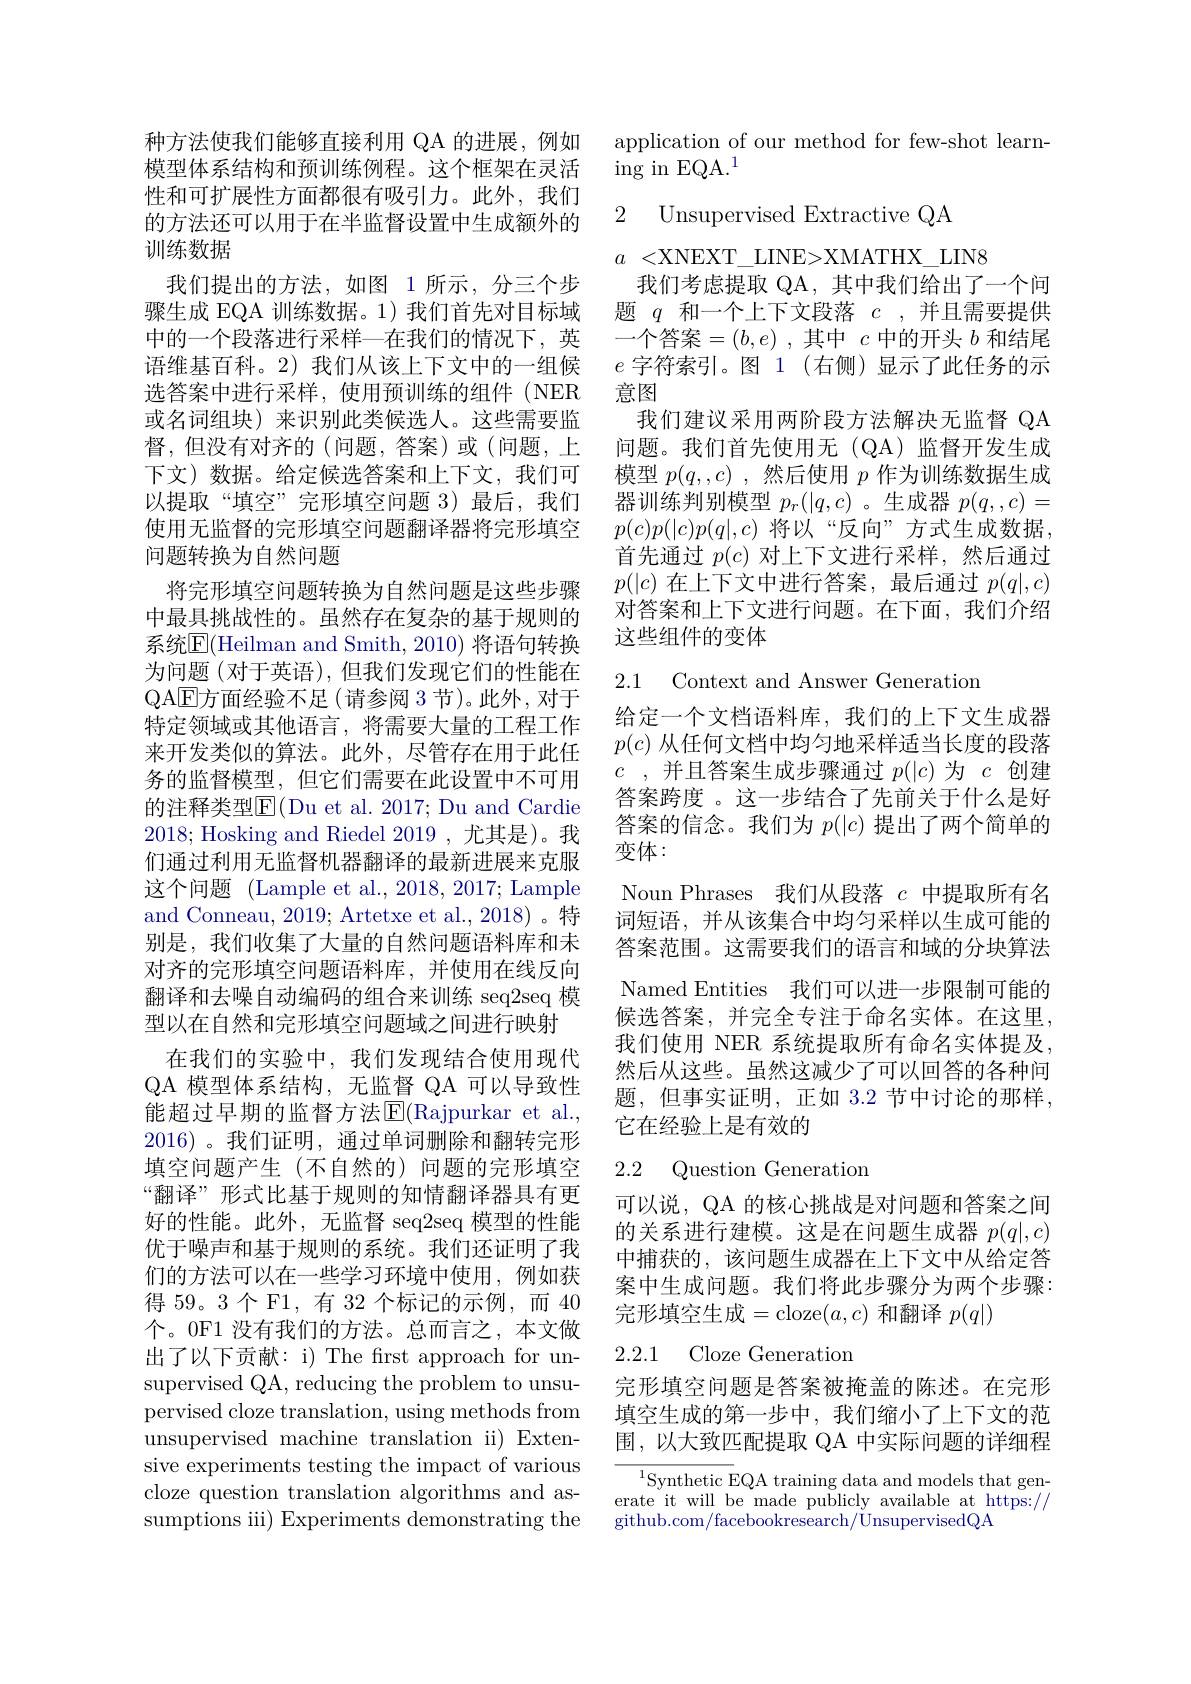
种方法使我们能够直接利用 QA 的进展，例如模型体系结构和预训练例程。这个框架在灵活性和可扩展性方面都很有吸引力。此外，我们的方法还可以用于在半监督设置中生成额外的训练数据
我们提出的方法，如图 1 所示，分三个步骤生成 EQA 训练数据。1)我们首先对目标域中的一个段落进行采样—在我们的情况下，英语维基百科。2) 我们从该上下文中的一组候选答案中进行采样，使用预训练的组件(NER 或名词组块)来识别此类候选人。这些需要监督，但没有对齐的(问题，答案)或(问题，上下文)数据。给定候选答案和上下文，我们可以提取“填空”完形填空问题 3)最后，我们使用无监督的完形填空问题翻译器将完形填空问题转换为自然问题
将完形填空问题转换为自然问题是这些步骤中最具挑战性的。虽然存在复杂的基于规则的系统$\overline{\mathrm{E}}($Heilman and Smith, 2010) 将语句转换为问题(对于英语),但我们发现它们的性能在QAEDEDEE (请参阅 3 节)。此外，对于特定领域或其他语言，将需要大量的工程工作来开发类似的算法。此外，尽管存在用于此任务的监督模型，但它们需要在此设置中不可用的注释类型$\overline{\mathrm{E}}($Du et al. 2017; Du and Cardie 2018; Hosking and Riedel 2019,尤其是)。我们通过利用无监督机器翻译的最新进展来克服这个问题 (Lample et al., 2018, 2017; Lample and Conneau, 2019; Artetxe et al., 2018)。特别是，我们收集了大量的自然问题语料库和未对齐的完形填空问题语料库，并使用在线反向翻译和去噪自动编码的组合来训练 seq2seq 模型以在自然和完形填空间题域之间进行映射
在我们的实验中，我们发现结合使用现代QA 模型体系结构，无监督 QA 可以导致性能超过早期的监督方法$\overline{\mathrm{E}}($Rajpurkar et al., 2016)。我们证明，通过单词删除和翻转完形填空问题产生(不自然的)问题的完形填空“翻译”形式比基于规则的知情翻译器具有更好的性能。此外，无监督 seq2seq 模型的性能优于噪声和基于规则的系统。我们还证明了我们的方法可以在一些学习环境中使用，例如获得 59。3 个 F1, 有 32 个标记的示例，而 40个。0F1 没有我们的方法。总而言之，本文做出了以下贡献：i) The frst approach for unsupervised QA, reducing the problem to unsupervised cloze translation, using methods from unsupervised machine translation ii) Extensive experiments testing the impact of various cloze question translation algorithms and assumptions ii) Experiments demonstrating the

## application of our method for few-shot learning in EQA.$^1$

2 Unsupervised Extractive QA

$a~<$XNEXT\_LINE>XMATHX\_LIN8
我们考虑提取 QA, 其中我们给出了一个问题$q$和一个上下文段落$c$,并且需要提供一个答案$=(b,e)$ ,其中$c$中的开头$b$和结尾$e$字符索引。图 1 (右侧)显示了此任务的示意图
我们建议采用两阶段方法解决无监督 QA 问题。我们首先使用无(QA)监督开发生成模型$p(q,,c)$ ,然后使用$p$作为训练数据生成器训练判别模型$p_r(|q,c)$ 。生成器$p(q,,c)=$ $p(c)p(|c)p(q|,c)$ 将以“反向”方式生成数据， 首先通过$p(c)$对上下文进行采样，然后通过$p(|c)$在上下文中进行答案，最后通过$p(q|,c)$ 对答案和上下文进行问题。在下面，我们介绍这些组件的变体

2.1 Context and Answer Generation

给定一个文档语料库，我们的上下文生成器$p(c)$从任何文档中均匀地采样适当长度的段落$c$ ,并且答案生成步骤通过$p(|c)$为$c$创建答案跨度 。这一步结合了先前关于什么是好答案的信念。我们为$p(|c)$提出了两个简单的变体：
Noun Phrases 我们从段落$c$中提取所有名词短语，并从该集合中均匀采样以生成可能的答案范围。这需要我们的语言和域的分块算法Named Entities 我们可以进一步限制可能的候选答案，并完全专注于命名实体。在这里， 我们使用 NER 系统提取所有命名实体提及， 然后从这些。虽然这减少了可以回答的各种问题，但事实证明，正如 3.2 节中讨论的那样， 它在经验上是有效的

## 2.2 Question Generation

可以说，QA 的核心挑战是对问题和答案之间的关系进行建模。这是在问题生成器$p(q|,c)$ 中捕获的，该问题生成器在上下文中从给定答案中生成问题。我们将此步骤分为两个步骤： 完形填空生成=cloze$(a,c)$ 和翻译 $p(q|)$

## 2.2.1 Cloze Generation

完形填空间题是答案被掩盖的陈述。在完形填空生成的第一步中，我们缩小了上下文的范围，以大致匹配提取 QA 中实际问题的详细程

${^{1}\text{Synthetic E}}$QA training data and models that generate it will be made publicly available at https:// github. com/ facebookresearch/ UnsupervisedQA